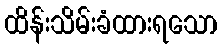
ထိန်းသိမ်းခံထားရသော